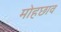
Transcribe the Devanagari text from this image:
मोहछाव